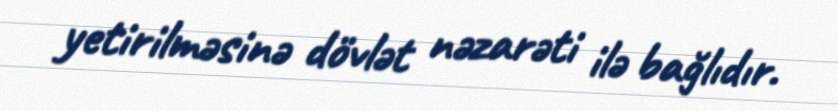
yetirilməsinə dövlət nəzarəti ilə bağlıdır.